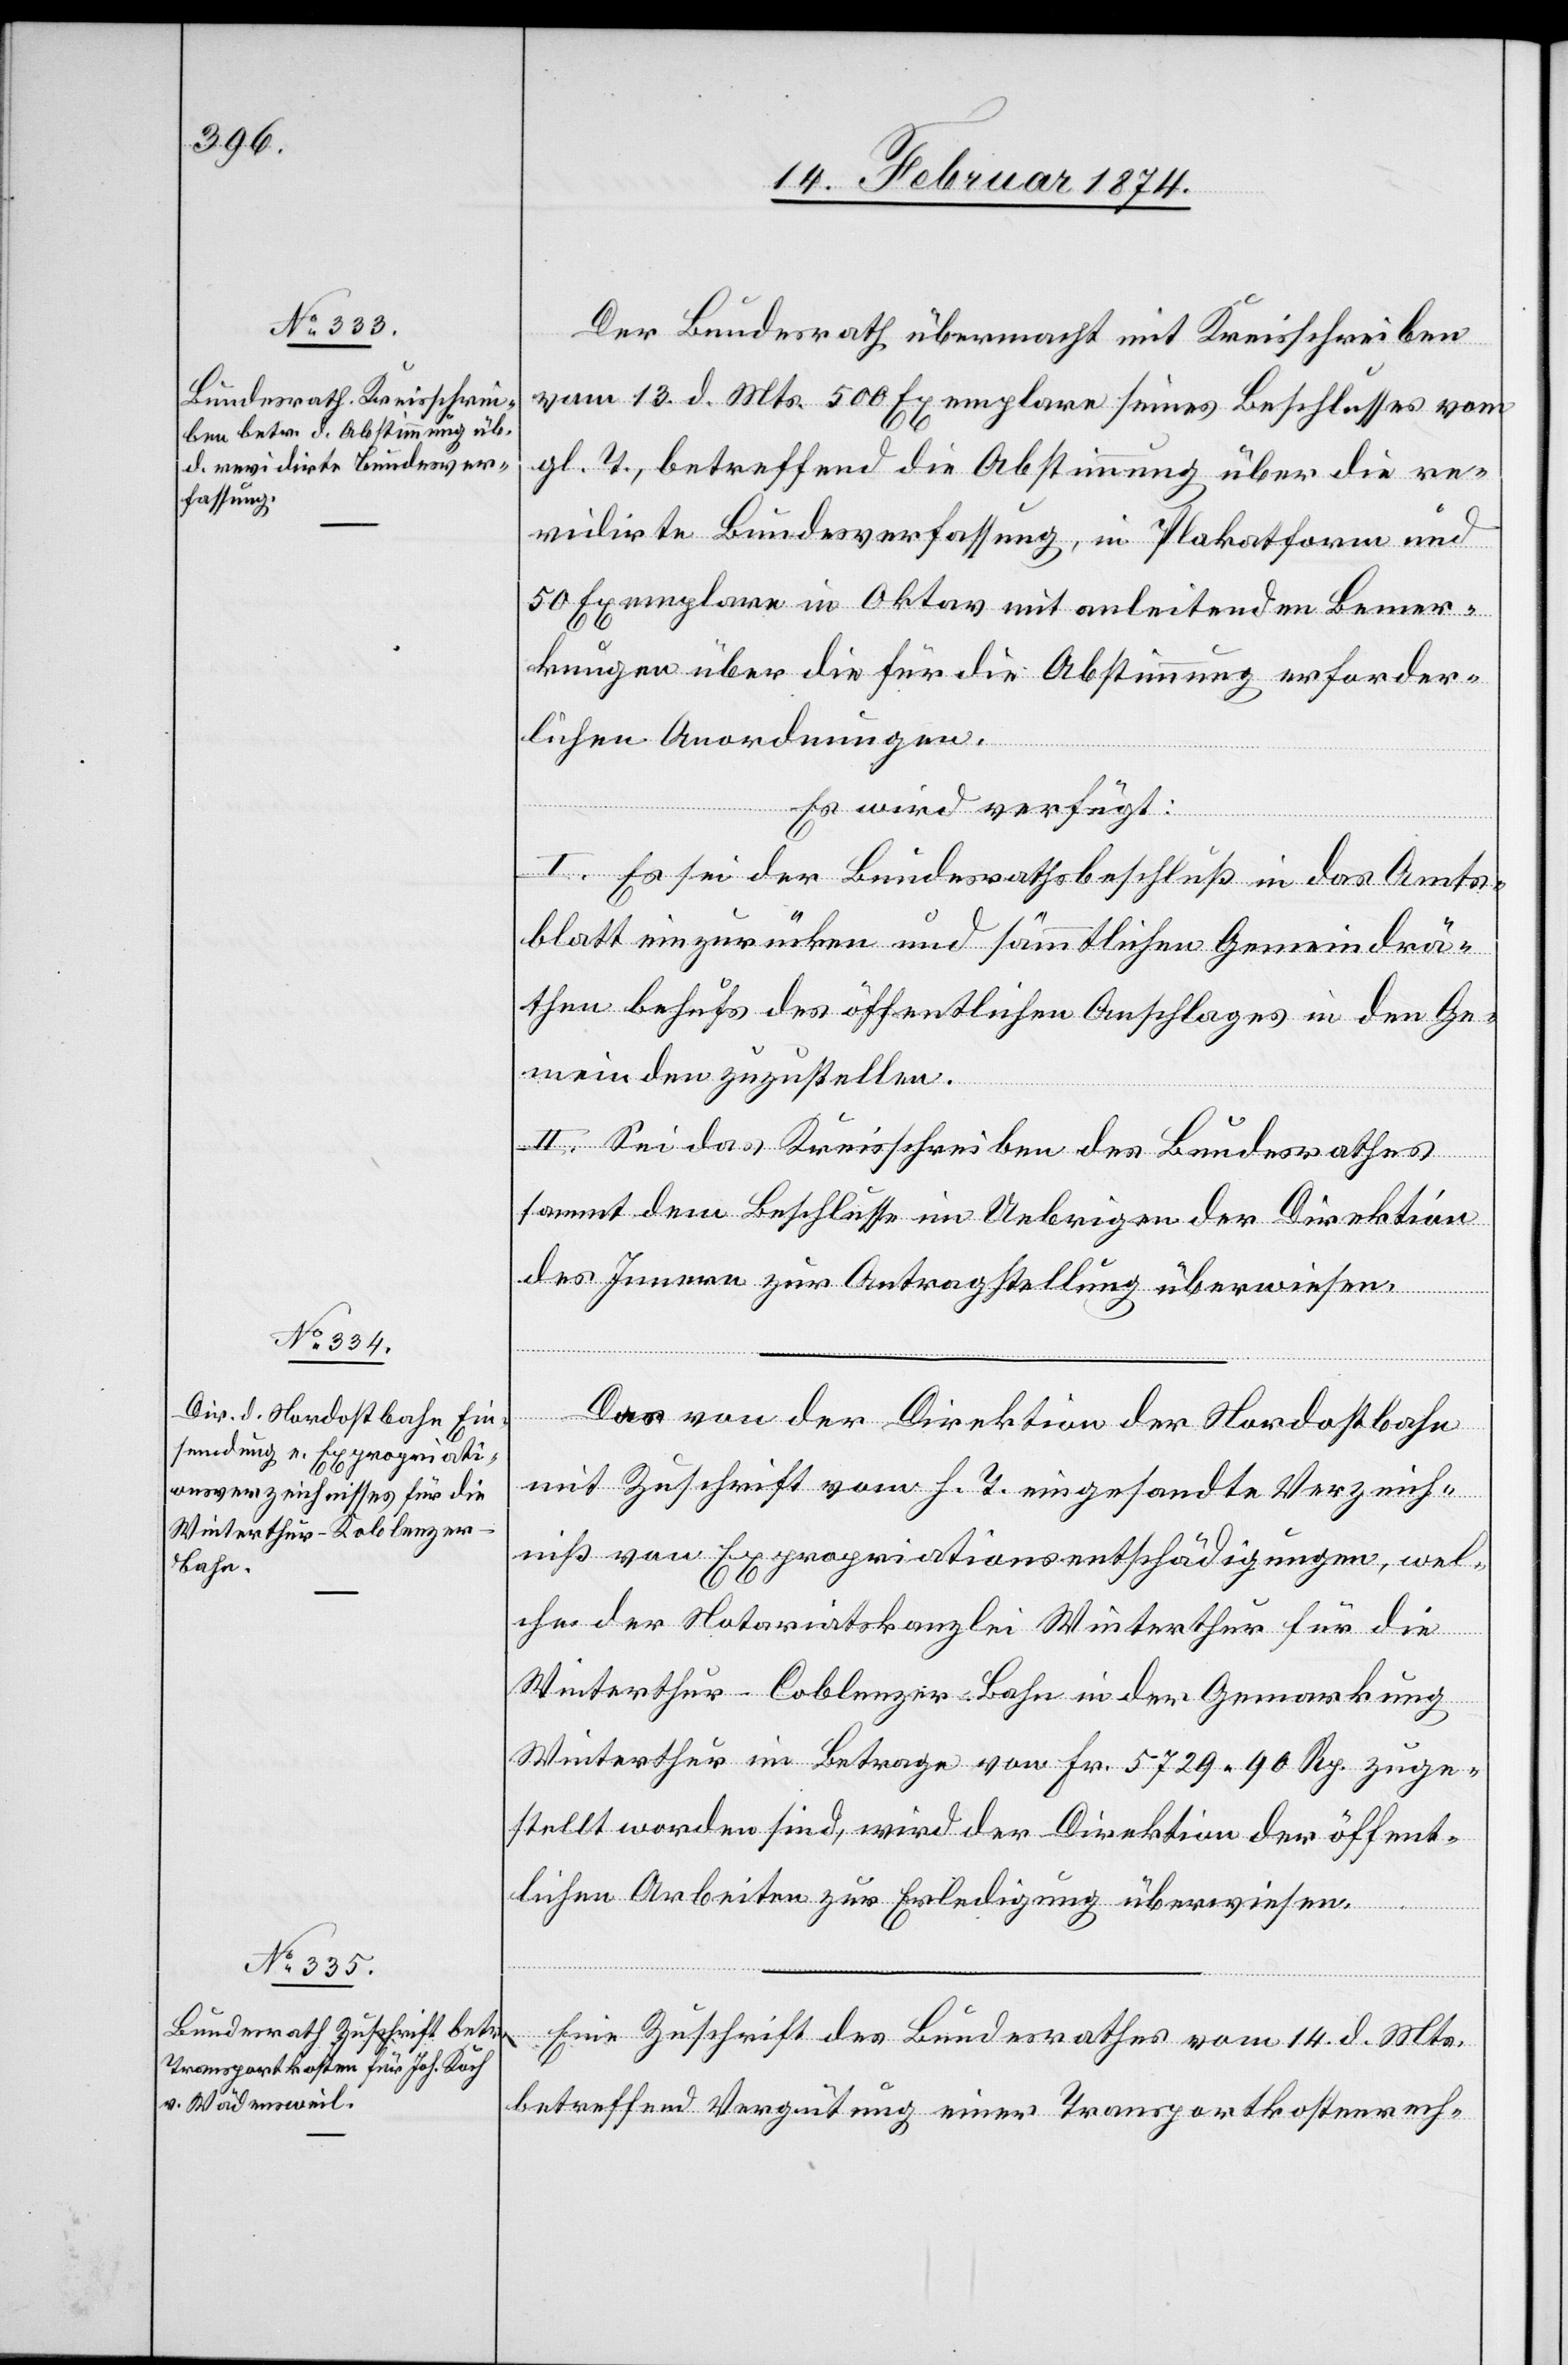
Winterthur-Coblenzer

18. Februar 1874.]
Der Bundesrath übermacht mit Kreisschreiben
vom 13. d. Mts. 500 Exemplare seines Beschlusses vom
gl. T., betreffend die Abstimmung über die re¬
vidirte Bundesverfassung, in Plakatform und
50 Exemplare in Oktav mit anleitenden Bemer¬
kungen über die für die Abstimmung erforder¬
lichen Anordnungen.
Es wird verfügt:
I. Es sei der Bundesbeschluß in das Amts¬
blatt ein zurücken und sämmtlichen Gemeindrä¬
then behufs des öffentlichen Anschlages in den Ge¬
meinden zuzustellen.
II. Sei das Kreisschreiben des Bundesrathes
sammt dem Beschlusse im Uebrigen der Direktion
des Innern zur Antragstellung überwiesen.
der
Das von der Direktion der Nordostbahn
mit Zuschrift vom h. T. eingesandte Verzeich¬
niß von Expropriationsentschädigungen, wel¬
che der Notariatskanzlei Winterthur für die
Winterthur im Betrage von Fr. 5729.90 Rp. zuge¬
stellt worden sind, wird der Direktion der öffent¬
lichen Arbeiten zur Erledigung überwiesen.
Eine Zuschrift des Bundesrathes vom 14. d. Mts.,
betreffend Vergütung einer Transportkostenrech-